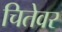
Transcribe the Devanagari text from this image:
चितेवर